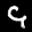
Label: 9